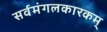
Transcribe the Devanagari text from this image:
सर्वमंगलकारकम्